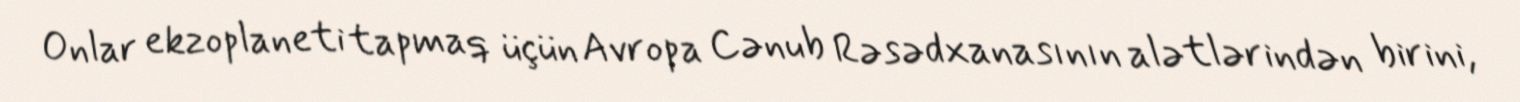
Onlar ekzoplaneti tapmaq üçün Avropa Cənub Rəsədxanasının alətlərindən birini,